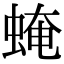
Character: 𧌄